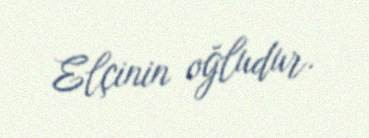
Elçinin oğludur.